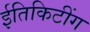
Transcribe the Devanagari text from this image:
ईतिकिटींग